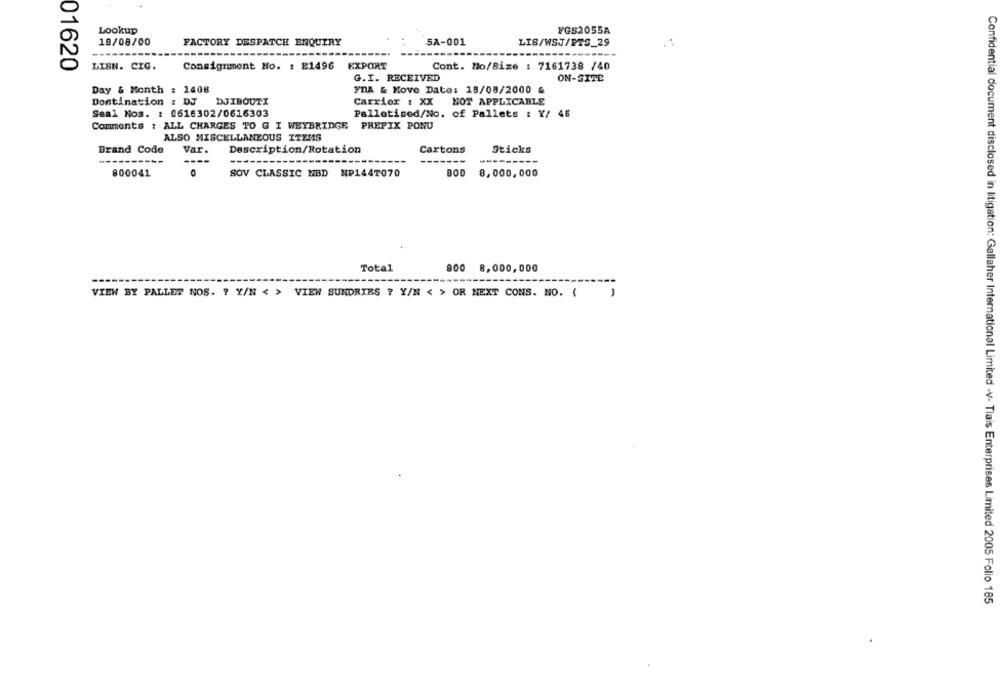
Lookup
FGS2055A
18/08/00
SA-001
LIS/WSJ/FTS_29
FACTORY DESPATCH ENQUIRY
---
------
01620
LISN. CIG.
Consignment No. : E1496
EXPORT
Cont. No/Size : 7161738 /40
G.I. RECEIVED
ON-SITE
Day & Month : 1408
YDA & Move Date: 18/08/2000 &
Dontination : DJ
DJIBOUTI
Carrier : XX
NOT APPLICABLE
Seal Nos. : 0616302/0616303
Palletised/No. of Pallets : Y/ 46
Comments : ALL CHARGES TO G I WEYBRIDGE PREFIX PONU
ALSO MISCELLANEOUS ITEMS
Brand Code
Var.
Description/Rotation
Cartons
Sticks
---
----
----
800041
SOV CLASSIC NBD NP1447070
BOD
8,000,000
Total
800 8,000,000
VIEW BY PALLET NOS. 7 Y/N < > VIEW SUNDRIES ? Y/N < > OR MEXT CONS. NO. {
Confidential document disclosed in litigation: Gallaher International Limited -v- Tlais Enterprises Limited 2005 Folio 185